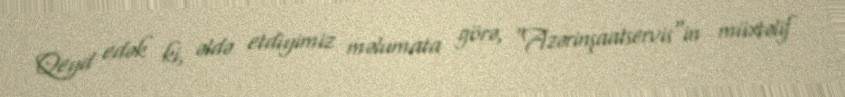
Qeyd edək ki, əldə etdiyimiz məlumata görə, "Azərinşaatservis"in müxtəlif